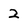
Character: 2